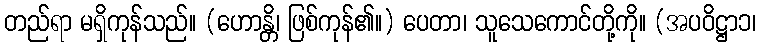
တည်ရာ မရှိကုန်သည်။ (ဟောန္တိ၊ ဖြစ်ကုန်၏။) ပေတာ၊ သူသေကောင်တို့ကို။ (အပဝိဋ္ဌာ၁၊